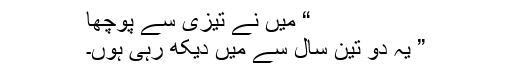
“ میں نے تیزی سے پوچھا
” یہ دو تین سال سے میں دیکھ رہی ہوں۔